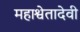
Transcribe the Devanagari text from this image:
महाश्वेतादेवी